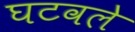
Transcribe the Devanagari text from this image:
घटवले